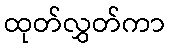
ထုတ်လွှတ်ကာ